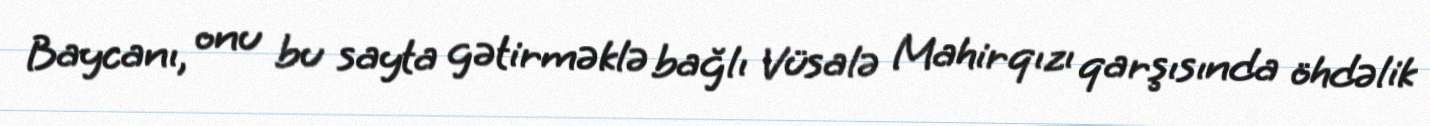
Baycanı, onu bu sayta gətirməklə bağlı Vüsalə Mahirqızı qarşısında öhdəlik